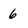
Character: 6